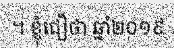
។ ខ្ញុំជឿថា ឆ្នាំ២០១៩